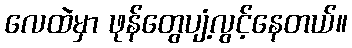
လေထဲမှာ ဖုန်တွေပျံ့လွင့်နေတယ်။